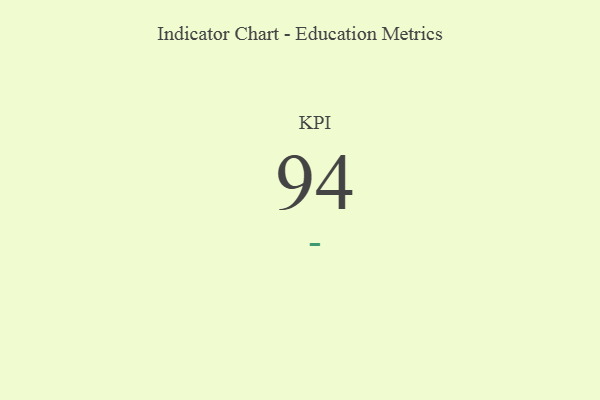
{"axis": {"x": "KPI", "y": "Value"}, "legend": [""], "data": [{"x": "KPI", "y": 94, "type": ""}]}